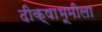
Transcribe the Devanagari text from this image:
दीक्षाभूमीला